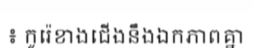
៖ កូរ៉េខាងជើងនឹងឯកភាពគ្នា